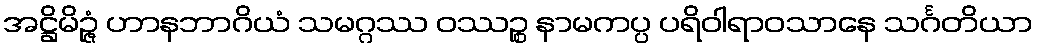
အဋ္ဌိမိဉ္ဇံ ဟာနဘာဂိယံ သမဂ္ဂဿ ဝဿဉ္စ နာမကပ္ပ ပရိဝါရာဝသာနေ သင်္ဂတိယာ